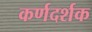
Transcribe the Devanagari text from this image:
कर्णदर्शक